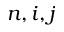
n , i , j